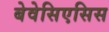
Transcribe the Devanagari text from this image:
बेवेसिएसिस